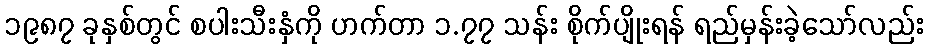
၁၉၈၇ ခုနှစ်တွင် စပါးသီးနှံကို ဟက်တာ ၁.၇၇ သန်း စိုက်ပျိုးရန် ရည်မှန်းခဲ့သော်လည်း